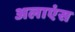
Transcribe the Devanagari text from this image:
अलाएंस